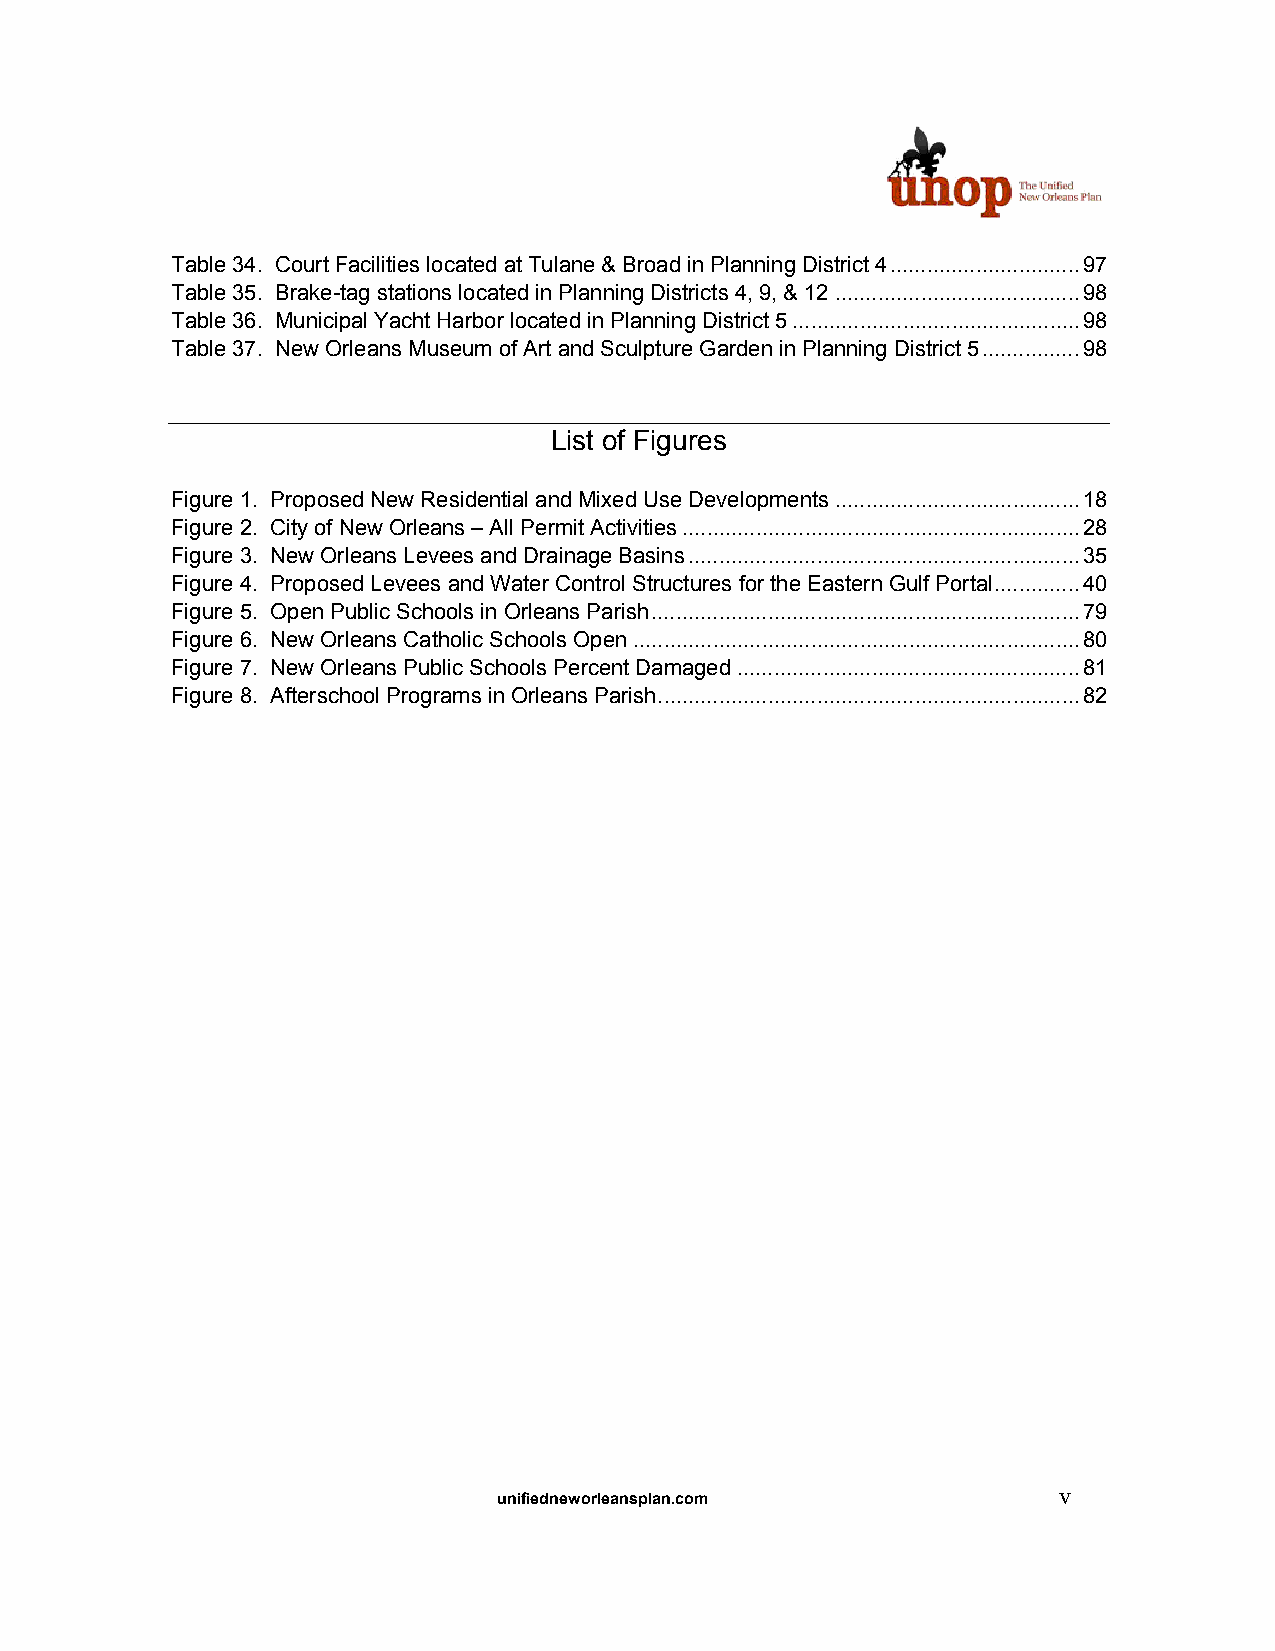
Table 34. Court Facilities located at Tulane & Broad in Planning District 4...............................97
 Table 35. Brake-tag stations located in Planning Districts 4, 9, & 12........................................98
 Table 36. Municipal Yacht Harbor located in Planning District 5...............................................98
 Table 37. New Orleans Museum of Art and Sculpture Garden in Planning District 5................98
 List of Figures
 Figure 1. Proposed New Residential and Mixed Use Developments........................................18
 Figure 2. City of New Orleans – All Permit Activities.................................................................28
 Figure 3. New Orleans Levees and Drainage Basins................................................................35
 Figure 4. Proposed Levees and Water Control Structures for the Eastern Gulf Portal..............40
 Figure 5. Open Public Schools in Orleans Parish......................................................................79
 Figure 6. New Orleans Catholic Schools Open.........................................................................80
 Figure 7. New Orleans Public Schools Percent Damaged........................................................81
 Figure 8. Afterschool Programs in Orleans Parish.....................................................................82
 unifiedneworleansplan.com            v